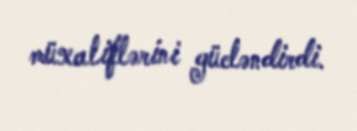
müxaliflərini gücləndirdi.